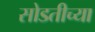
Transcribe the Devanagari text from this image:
सोडतीच्या